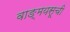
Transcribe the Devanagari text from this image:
वाङ्मयसूची